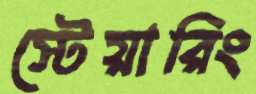
স্টেয়ারিং